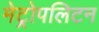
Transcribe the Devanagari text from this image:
मेट्रोपलिटन